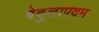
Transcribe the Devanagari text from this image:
बेदुलापदम